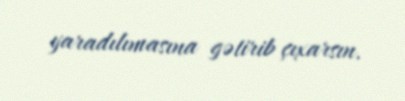
yaradılımasına gətirib çıxarsın.